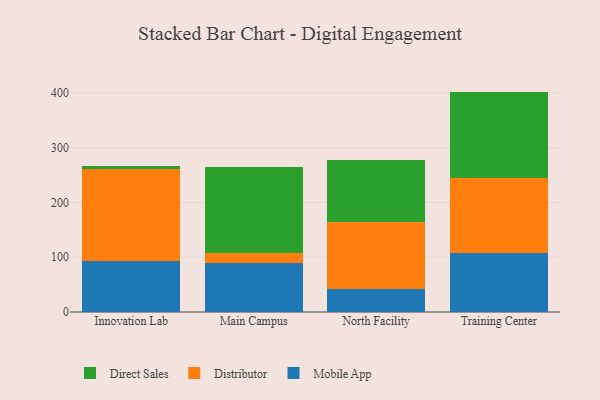
{"axis": {"x": "Campus", "y": "Satisfaction Score"}, "legend": ["Direct Sales", "Distributor", "Mobile App"], "data": [{"x": "Innovation Lab", "y": 92.5, "type": "Mobile App"}, {"x": "Innovation Lab", "y": 167.9, "type": "Distributor"}, {"x": "Innovation Lab", "y": 6.3, "type": "Direct Sales"}, {"x": "Main Campus", "y": 88.7, "type": "Mobile App"}, {"x": "Main Campus", "y": 19.2, "type": "Distributor"}, {"x": "Main Campus", "y": 156.8, "type": "Direct Sales"}, {"x": "North Facility", "y": 42.2, "type": "Mobile App"}, {"x": "North Facility", "y": 122.6, "type": "Distributor"}, {"x": "North Facility", "y": 113.4, "type": "Direct Sales"}, {"x": "Training Center", "y": 108.1, "type": "Mobile App"}, {"x": "Training Center", "y": 136.5, "type": "Distributor"}, {"x": "Training Center", "y": 157.9, "type": "Direct Sales"}]}